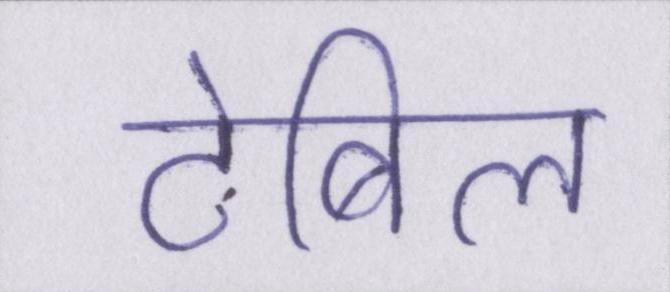
टेबिल